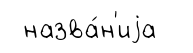
назва́н'иjа